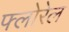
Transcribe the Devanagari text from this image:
फ्लोरेल